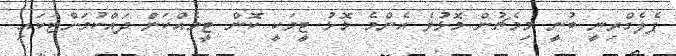
ޕެލެގްރިނީ ބުނީ މިމެޗުން މޮޅުވެ އެންމެ މޮޅު ޓީމަކީ ކޮން ޓީމެއްކަން ދައްކުމަށްޓަކައި